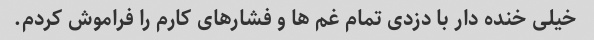
خیلی خنده دار با دزدی تمام غم ها و فشارهای کارم را فراموش کردم.